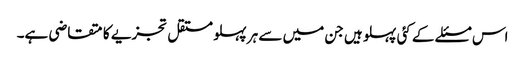
اس مسئلے کے کئی پہلو ہیں جن میں سے ہر پہلو مستقل تجزیے کا متقاضی ہے۔